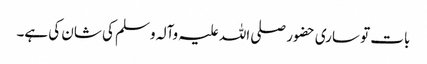
بات تو ساری حضور صلی اللہ علیہ وآلہ وسلم کی شان کی ہے۔